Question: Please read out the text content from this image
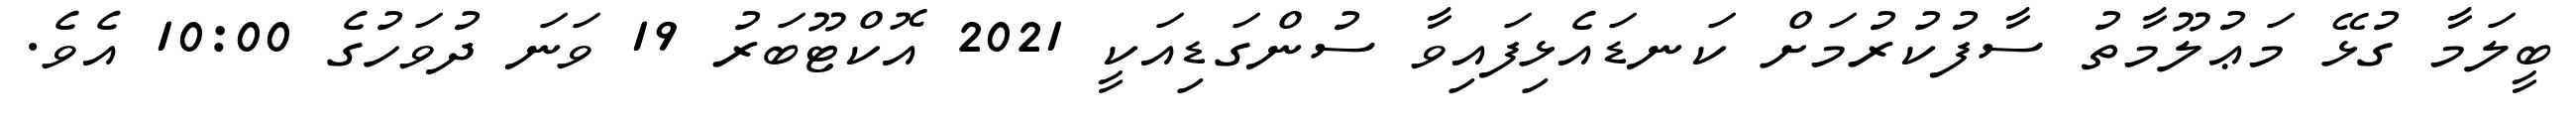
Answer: ބީލަމާ ގުޅޭ މަޢުލޫމާތު ސާފުކުރުމަށް ކަނޑައެޅިފައިވާ ސުންގަޑިއަކީ 2021 އޮކްޓޫބަރު 19 ވަނަ ދުވަހުގެ 10:00 އެވެ.